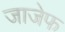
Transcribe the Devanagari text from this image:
जाजेफ